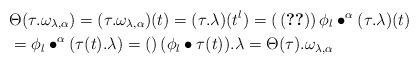
\begin{align*}&\Theta(\tau.\omega_{\lambda,\alpha})=(\tau.\omega_{\lambda,\alpha})(t)=(\tau.\lambda)(t^l)=(\,\eqref{componentsoftau})\,\phi_l\bullet^{\alpha}(\tau.\lambda)(t)\\&=\phi_l\bullet^{\alpha}(\tau(t).\lambda)=()\,(\phi_l\bullet\tau(t)).\lambda=\Theta(\tau).\omega_{\lambda,\alpha}\end{align*}